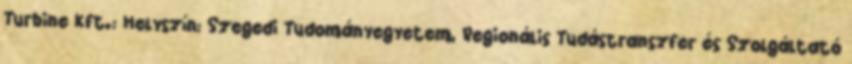
Turbine Kft.: Helyszín: Szegedi Tudományegyetem, Regionális Tudástranszfer és Szolgáltató